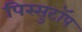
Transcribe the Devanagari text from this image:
पिस्सुटॉप